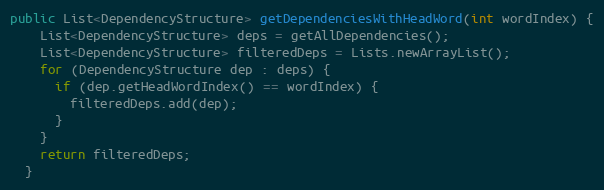
Language: Java
public List<DependencyStructure> getDependenciesWithHeadWord(int wordIndex) {
    List<DependencyStructure> deps = getAllDependencies();
    List<DependencyStructure> filteredDeps = Lists.newArrayList();
    for (DependencyStructure dep : deps) {
      if (dep.getHeadWordIndex() == wordIndex) {
        filteredDeps.add(dep);
      }
    }
    return filteredDeps;
  }